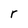
Character: r